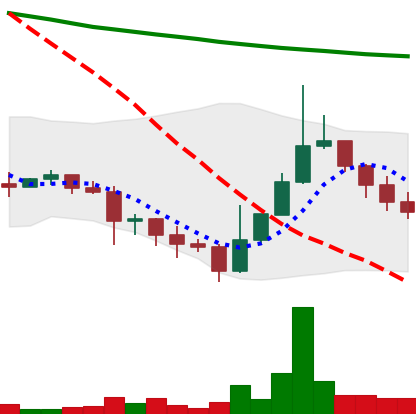
Ticker: DOGE-USD
Chart end date: 2022-01-19
Forward return: -15.126%
Label: down_7plus